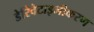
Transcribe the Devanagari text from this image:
डेरिवेटाइजीकरण